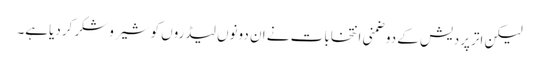
لیکن اترپردیش کے دوضمنی انتخابات نے ان دونوں لیڈروں کو شیروشکر کردیاہے۔